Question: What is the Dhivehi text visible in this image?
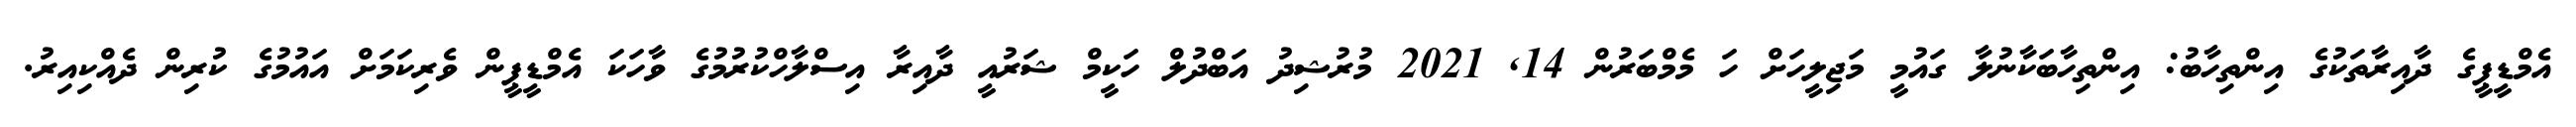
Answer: އެމްޑީޕީގެ ދާއިރާތަކުގެ އިންތިހާބު: އިންތިހާބަކާނުލާ ގައުމީ މަޖިލީހަށް ހަ މެމްބަރުން 14, 2021 މުރުޝިދު އަބްދުލް ހަކީމް ޝަރުއީ ދާއިރާ އިސްލާހްކުރުމުގެ ވާހަކަ އެމްޑީޕީން ވެރިކަމަށް އައުމުގެ ކުރިން ދެއްކިއިރު.